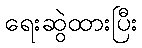
ရေးဆွဲထားပြီး